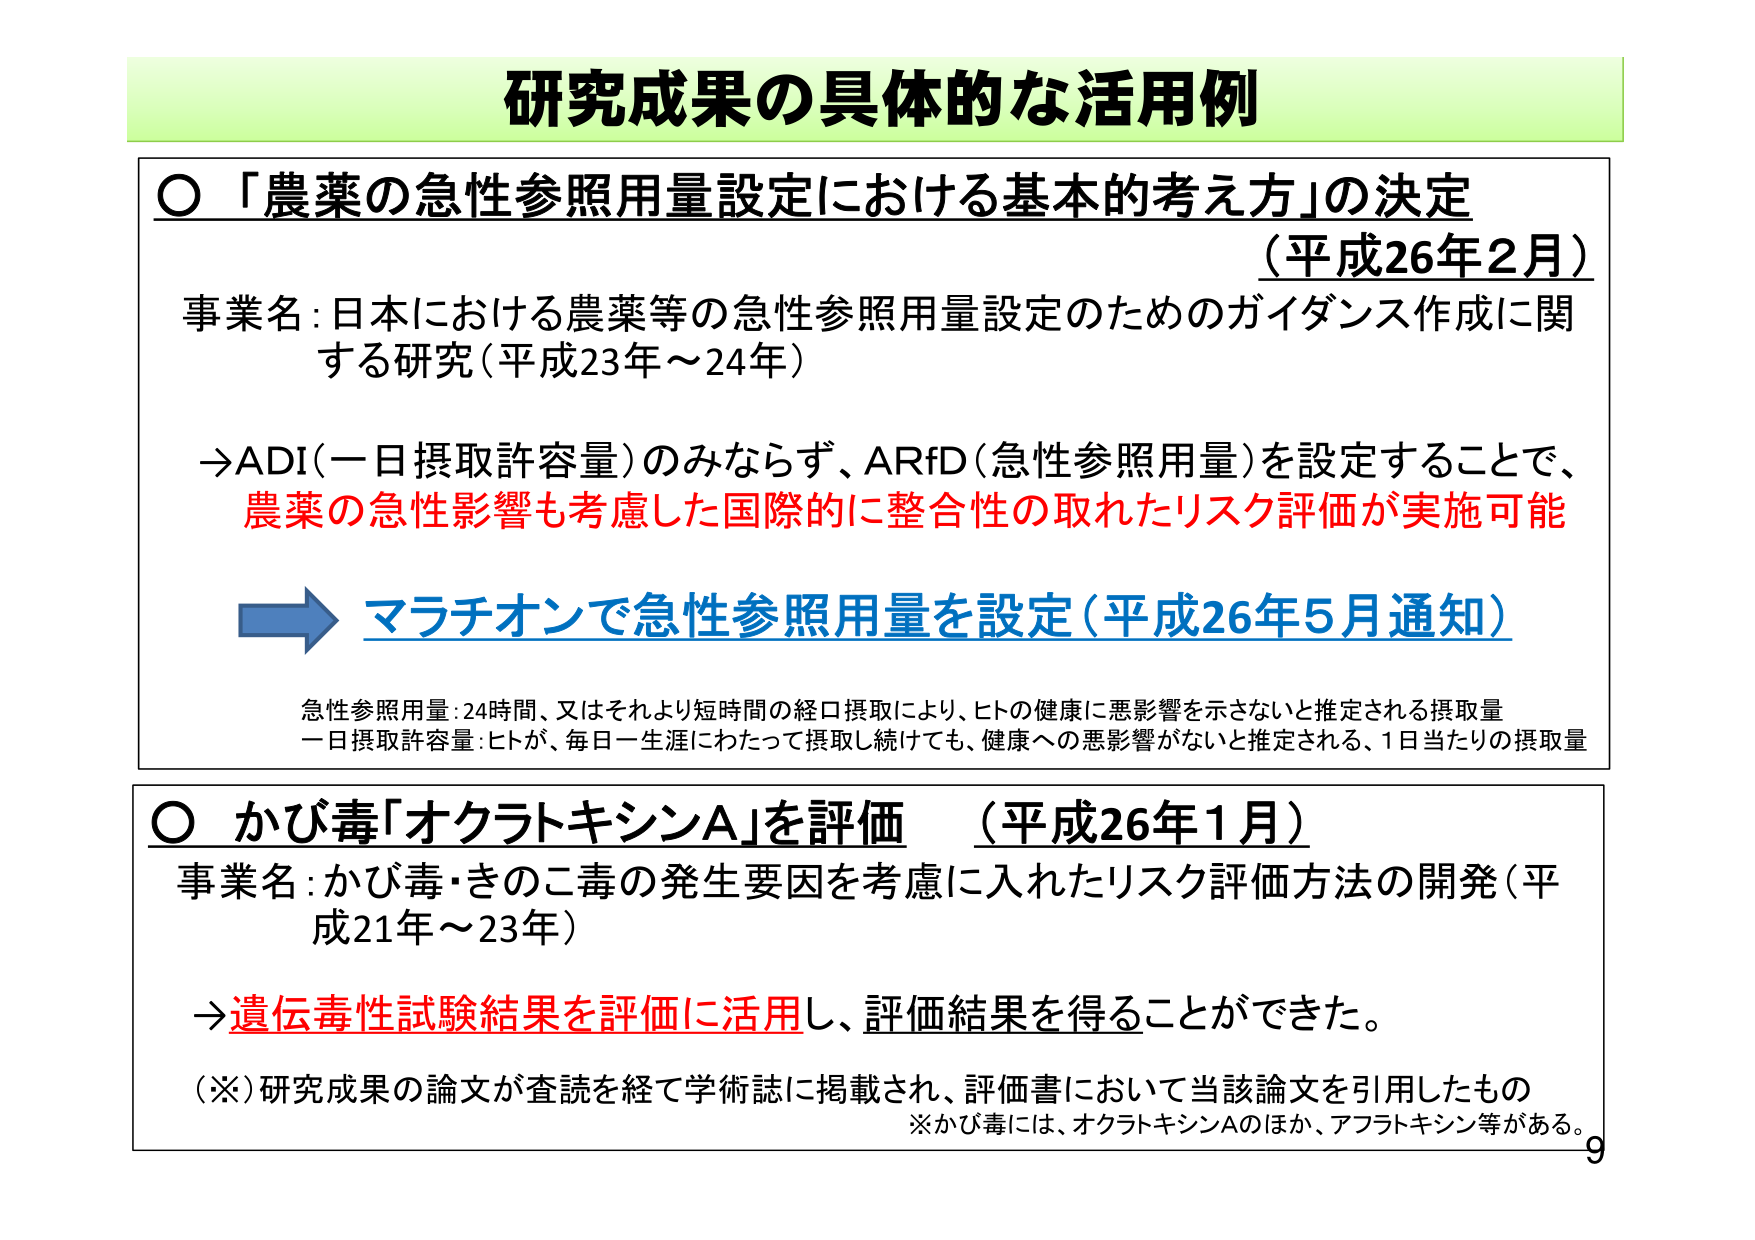
研究成果の具体的な活用例

○「農薬の急性参照用量設定における基本的考え方」の決定
（平成26年2月）
事業名：日本における農薬等の急性参照用量設定のためのガイダンス作成に関する研究（平成23年～24年）

→ADI（一日摂取許容量）のみならず、ARfD（急性参照用量）を設定することで、
農薬の急性影響も考慮した国際的に整合性の取れたリスク評価が実施可能

→マラチオンで急性参照用量を設定（平成26年5月通知）

急性参照用量：24時間、又はそれより短時間の経口摂取により、ヒトの健康に悪影響を示さないと推定される摂取量
一日摂取許容量：ヒトが、毎日一生涯にわたって摂取し続けても、健康への悪影響がないと推定される、1日当たりの摂取量

○かび毒「オクラトキシンA」を評価 （平成26年1月）
事業名：かび毒・きのこ毒の発生要因を考慮に入れたリスク評価方法の開発（平成21年～23年）

→遺伝毒性試験結果を評価に活用し、評価結果を得ることができた。

（※）研究成果の論文が査読を経て学術誌に掲載され、評価書において当該論文を引用したもの
※かび毒には、オクラトキシンAのほか、アフラトキシン等がある。

9